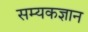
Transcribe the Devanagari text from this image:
सम्यकज्ञान